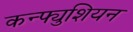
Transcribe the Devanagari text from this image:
कन्फ्युशियन